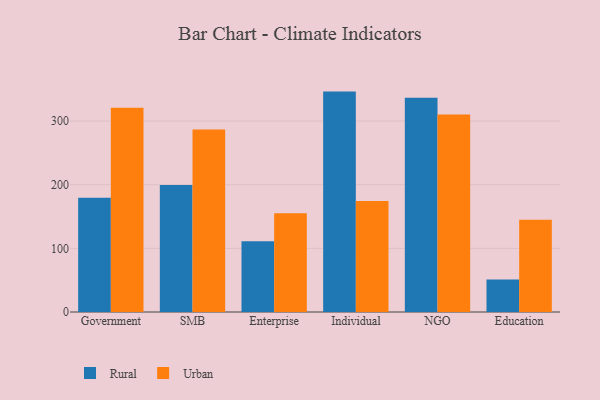
{"axis": {"x": "Segment", "y": "LTV (USD)"}, "legend": ["Rural", "Urban"], "data": [{"x": "Government", "y": 179.4, "type": "Rural"}, {"x": "Government", "y": 321.1, "type": "Urban"}, {"x": "SMB", "y": 199.6, "type": "Rural"}, {"x": "SMB", "y": 286.6, "type": "Urban"}, {"x": "Enterprise", "y": 111.2, "type": "Rural"}, {"x": "Enterprise", "y": 155.3, "type": "Urban"}, {"x": "Individual", "y": 346.3, "type": "Rural"}, {"x": "Individual", "y": 174.6, "type": "Urban"}, {"x": "NGO", "y": 336.8, "type": "Rural"}, {"x": "NGO", "y": 310.3, "type": "Urban"}, {"x": "Education", "y": 50.9, "type": "Rural"}, {"x": "Education", "y": 145.0, "type": "Urban"}]}